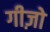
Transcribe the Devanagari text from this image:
गीज़ो